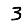
Digit: 3